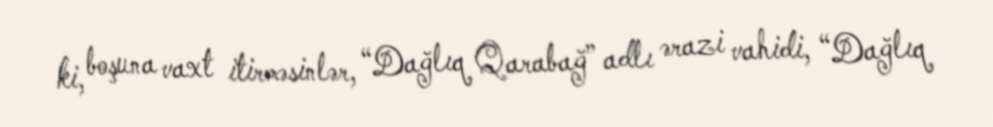
ki, boşuna vaxt itirməsinlər, “Dağlıq Qarabağ” adlı ərazi vahidi, “Dağlıq